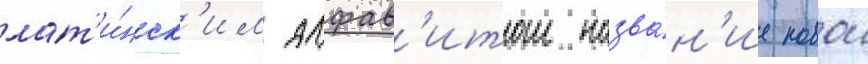
лат'и́нск'им алфав'итом назва́н'ие новои